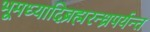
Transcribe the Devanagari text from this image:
भूमध्यादिब्रह्मरन्ध्रपर्यन्त